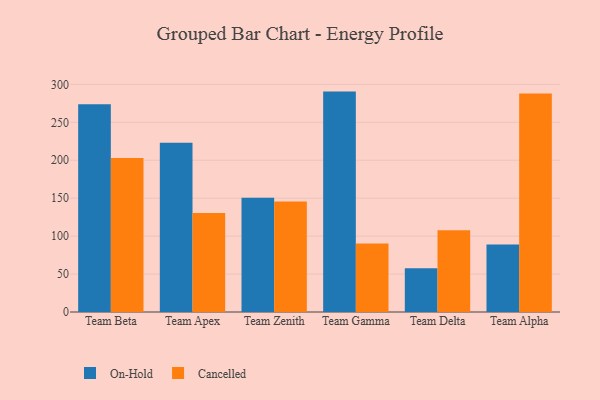
{"axis": {"x": "Team", "y": "Inventory Turnover"}, "legend": ["Cancelled", "On-Hold"], "data": [{"x": "Team Beta", "y": 273.9, "type": "On-Hold"}, {"x": "Team Beta", "y": 203.0, "type": "Cancelled"}, {"x": "Team Apex", "y": 223.2, "type": "On-Hold"}, {"x": "Team Apex", "y": 130.4, "type": "Cancelled"}, {"x": "Team Zenith", "y": 150.6, "type": "On-Hold"}, {"x": "Team Zenith", "y": 145.7, "type": "Cancelled"}, {"x": "Team Gamma", "y": 290.5, "type": "On-Hold"}, {"x": "Team Gamma", "y": 90.2, "type": "Cancelled"}, {"x": "Team Delta", "y": 57.7, "type": "On-Hold"}, {"x": "Team Delta", "y": 107.8, "type": "Cancelled"}, {"x": "Team Alpha", "y": 89.0, "type": "On-Hold"}, {"x": "Team Alpha", "y": 288.1, "type": "Cancelled"}]}